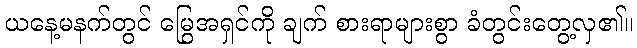
ယနေ့မနက်တွင် မြွေအရှင်ကို ချက် စားရာများစွာ ခံတွင်းတွေ့လှ၏။